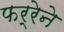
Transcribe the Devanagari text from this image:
फर्रेने